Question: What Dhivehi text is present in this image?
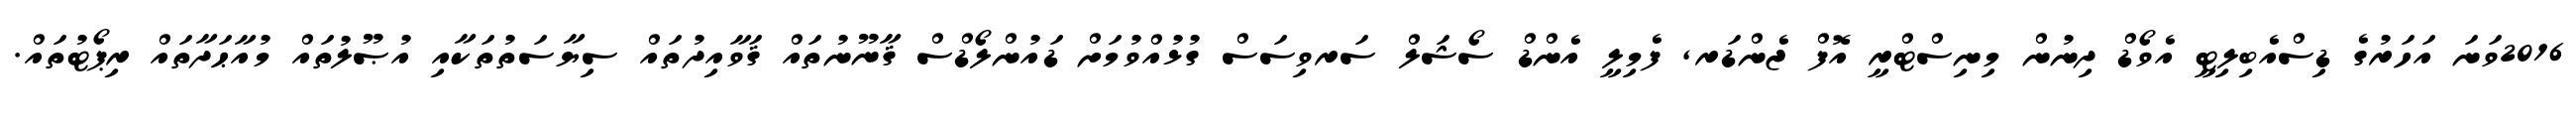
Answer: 2016ވަނަ އަހަރުގެ ޑިސްއެބިލިޓީ އެވޯޑް ދިނުން މިނިސްޓްރީ އޮފް ޖެންޑަރ, ފެމިލީ އެންޑް ސޯޝަލް ސަރވިސަސް ގުޅުއްވުމަށް ޑައުންލޯޑްސް ޤާނޫނުތައް ޤަވާއިދުތައް ސިޔާސަތުތަކާއި އުޞޫލުތައް މުއާޙަދާތައް ރިޕޯޓުތައް.